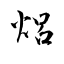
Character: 焒